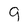
Character: q